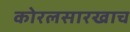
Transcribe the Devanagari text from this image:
कोरलसारखाच